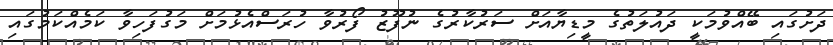
ދަށުގައި ބޭއްވުމަކީ ދައުލަތުގެ މީޑިޔާއަށް ސަރުކާރުގެ ނުފޫޒު ފޯރުވާ ހުރަސްއެޅުމަށް މަގުފަހިވާ ކަމެއްކަމުގައި